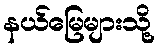
နယ်မြေများသို့